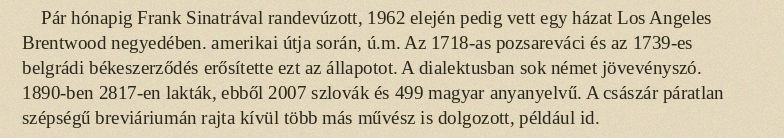
Pár hónapig Frank Sinatrával randevúzott, 1962 elején pedig vett egy házat Los Angeles Brentwood negyedében. amerikai útja során, ú.m. Az 1718-as pozsareváci és az 1739-es belgrádi békeszerződés erősítette ezt az állapotot. A dialektusban sok német jövevényszó. 1890-ben 2817-en lakták, ebből 2007 szlovák és 499 magyar anyanyelvű. A császár páratlan szépségű breviáriumán rajta kívül több más művész is dolgozott, például id.